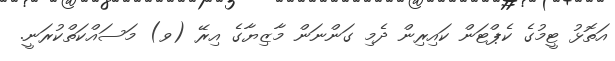
އަތޮޅު ޓީމުގެ ކެޕްޓަން ކައިރިން ދެމި ގަންނަން މާޒިޔާގެ އިރޭ (ވ) މަސައްކަތްކުރަނީ.